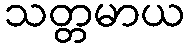
သတ္တမာယ